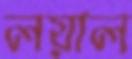
লয়াল